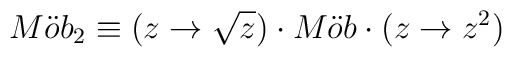
M\ddot{o}b_{2}\equiv (z\rightarrow \sqrt{z})\cdot M\ddot{o}b\cdot(z\rightarrow z^{2})